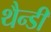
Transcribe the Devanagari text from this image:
थैन्डी